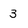
Character: 3